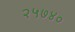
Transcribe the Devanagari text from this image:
२५७४०